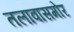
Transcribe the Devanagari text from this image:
तलावासमोर